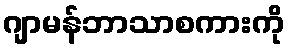
ဂျာမန်ဘာသာစကားကို